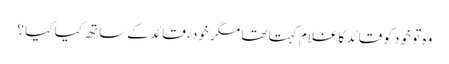
وہ تو خود کو قائد کا غلام کہتا تھا مگر خود ، قائد کے ساتھ کیا کیا ؟